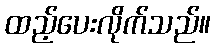
ထည့်ပေးလိုက်သည်။